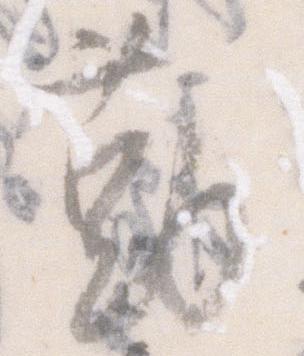
勤